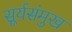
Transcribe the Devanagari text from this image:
सूर्यसंमुख